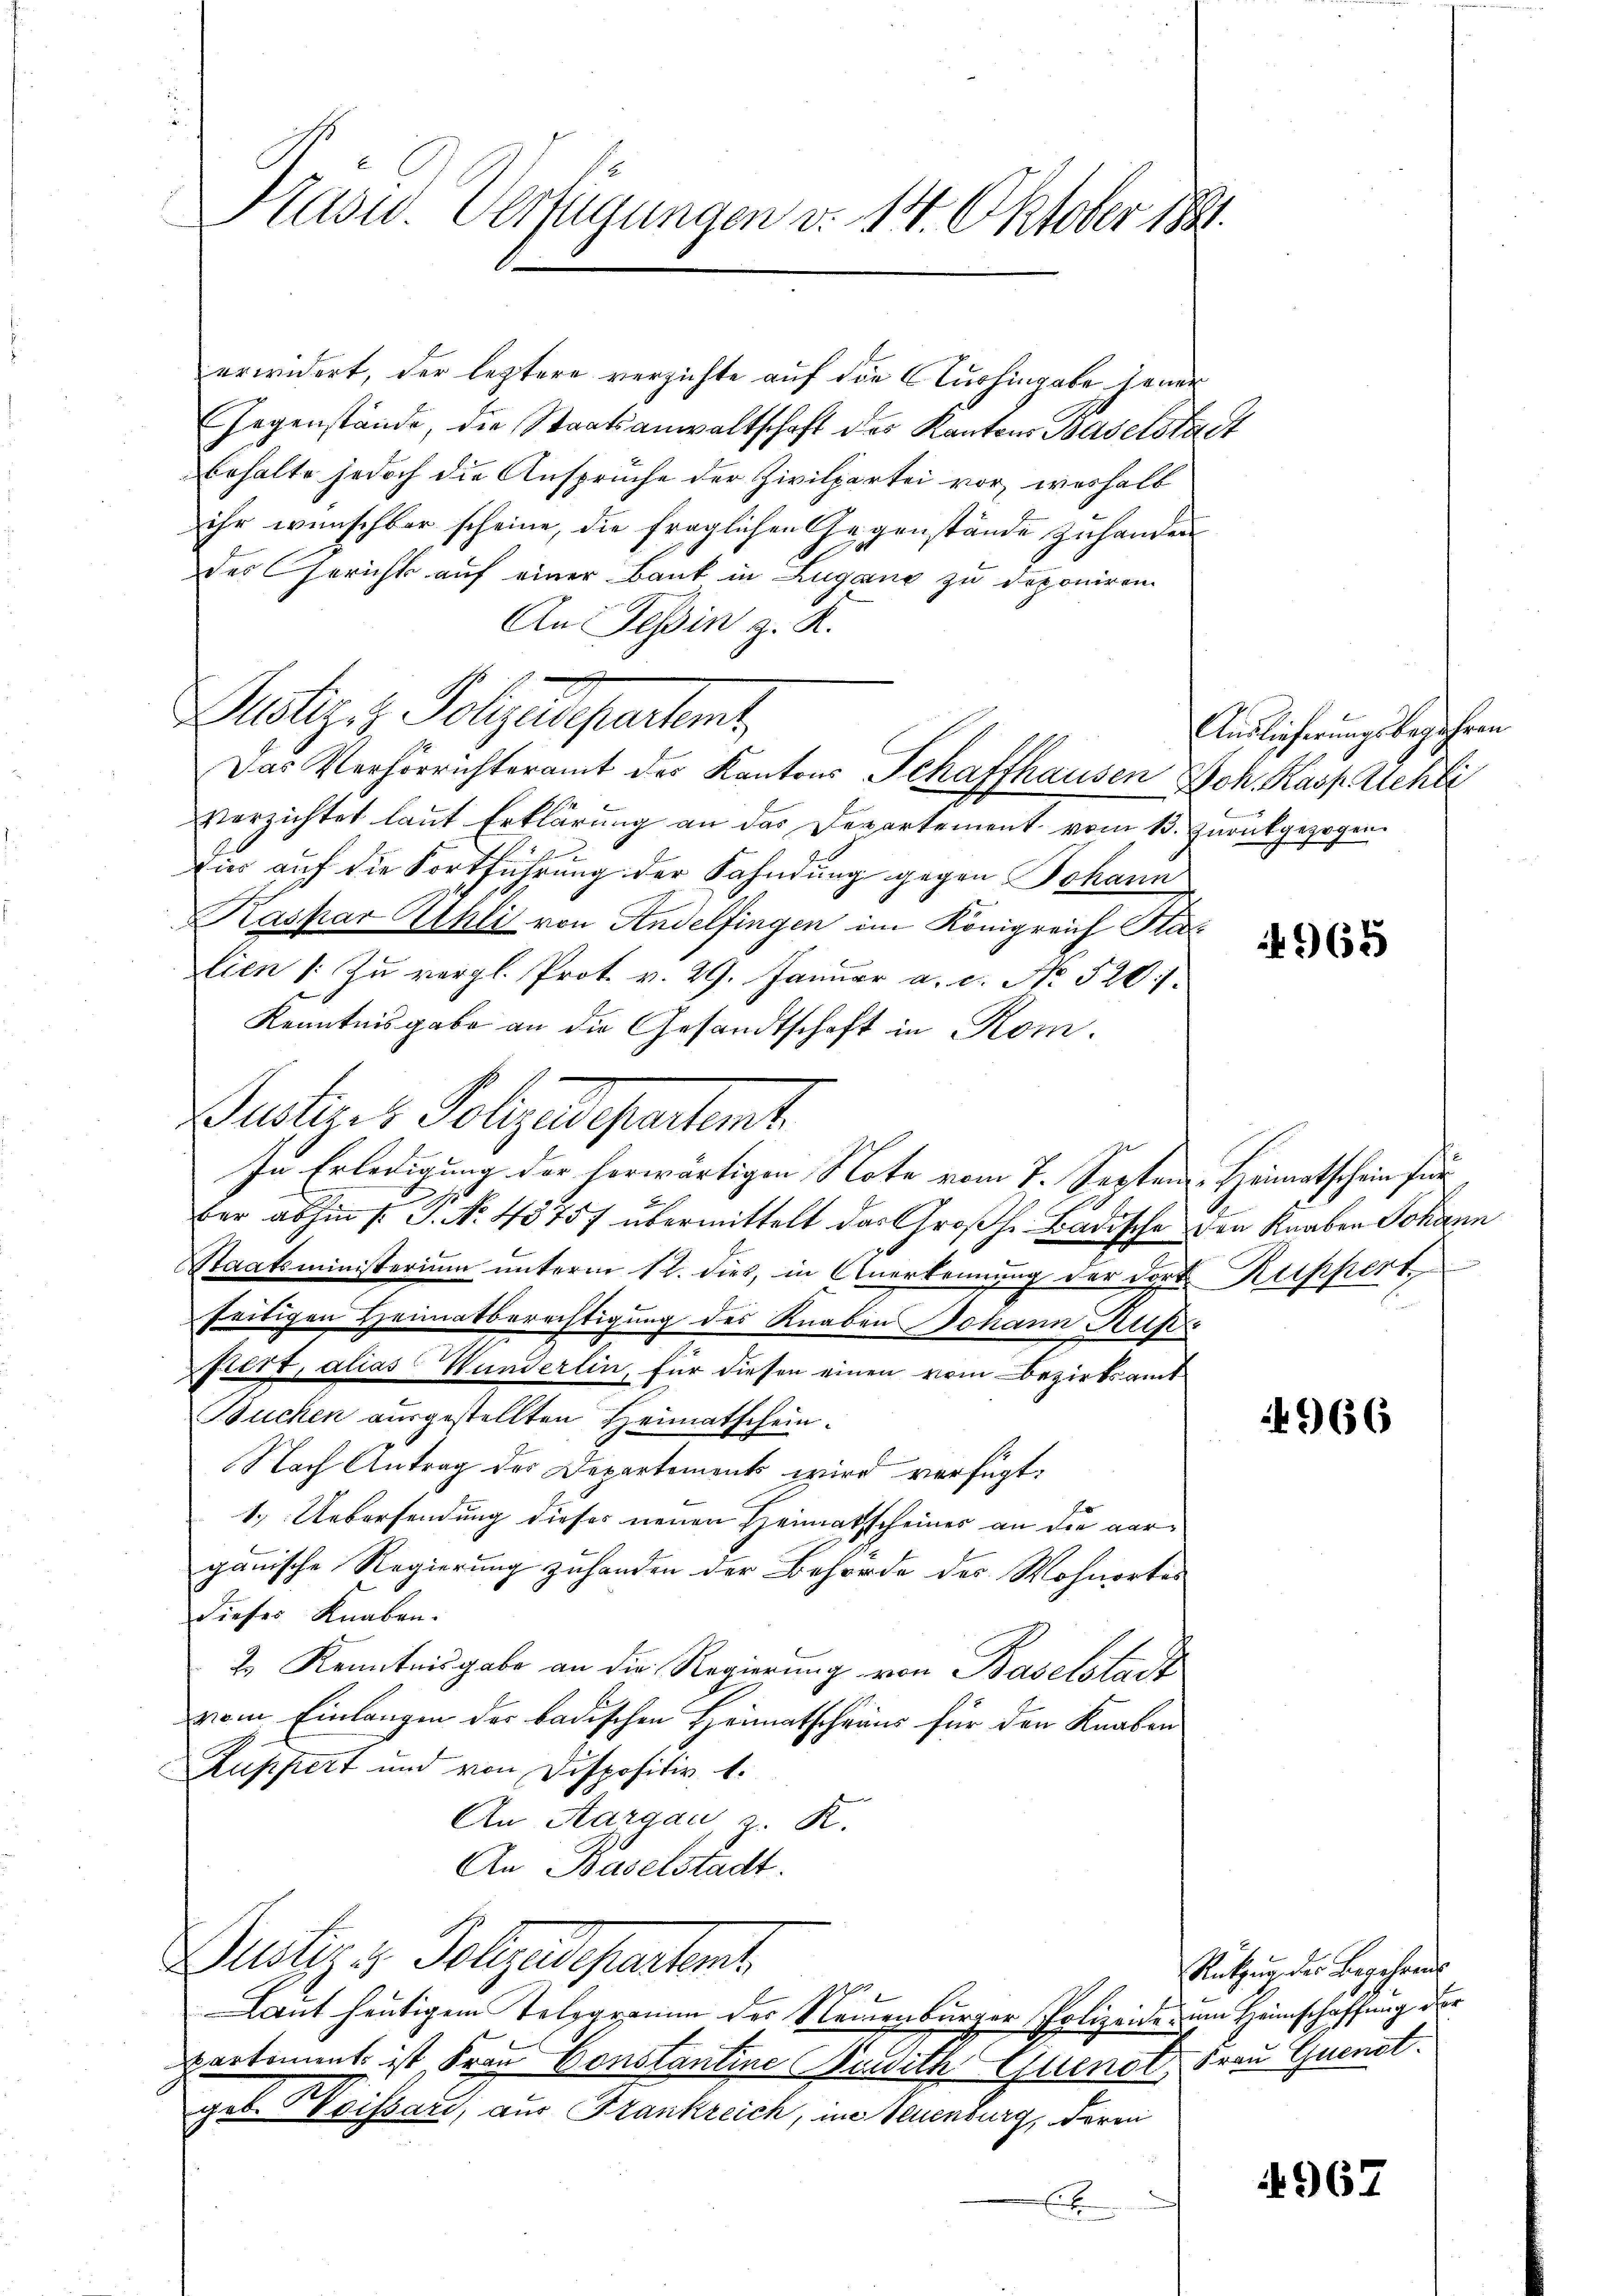
Kasu. Verfügungen v. 14. Oktober 1891.

erwidert, der leztere verzichte auf die Curhingabe jener
Gegenstände, die Staatsanwaltschaft des Kantons Baselstadt
behalte jedoch die Ansprüche der Zivilpartei vor, weshalb
ihr wünschbar scheine, die fraglichen Gegenstände zuhanden
der Gerichts auf einer Bank in Lugano zu deponiren
An Tessin z. K.
Justiz, Polyedepartet,
Das Verhörrichteramt des Kantons Schaffhausen Joh. Kasp. Schli
verzichtet laut Erklärung an das Departement vom 13. Zurückgezogen.
F
Die auf die Fortführung der Fahndung gegen Johann
Kaspar Uhli von Andelfingen im Königreich Stulien 1. Zu vergl. Prot. v. 29. Januar a. c. No. 520./
Kenntnisgabe an die Gesandtschaft in Rom.
Putzer Polzes partemt
In Erledigung der herwärtigen Note vom 7. Septem Heimathschein für
2
ber abhin /: J. No. 43757 übermittelt das Großh. Badische den Knaben Johann
Staatsministerium unterm 12. dies, in Anerkennung der dort Ruppert
seitigen Heimatberechtigung des Knaben Johann Rus
fiert, alias Wunderlin, für diesen einen vom Bezirksamt
Buchen ausgestellten Heimatschein.
Nach Antrag der Departements wird verfügt:
1.) Uebersendung dieses neuen Heimatscheines an die verganische Regierung zuhanden der Behörde des Wohnortes
dieses Knaben.
2. Kenntnisgabe an die Regierung von Baselstadt
vom Einlangen der badischen Heimatscheins für den Knaben
Zuppiert und von Dispositiv 1.
An Aargau, z. R.
An Baselstadt.
Justiz & Polzedepartet
Laut heutigem Telegramm der Neuenburger Polizeide um Heimschaffung der
partement ist Frau Constantine Verdith Guent Frau Gunst.
gob. Hoissard, aus Frankreich, in Neuenburg, deren
E

Auslieferungsbegehren

965

966

Rützung der Begehren

967